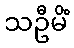
သဦမိံ